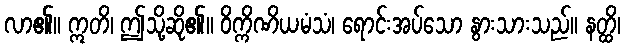
လာ၏။ ဣတိ၊ ဤသို့ဆို၏။ ဝိက္ကိဏိယမံသံ၊ ရောင်းအပ်သော နွားသားသည်။ နတ္ထိ၊